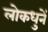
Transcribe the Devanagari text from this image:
लोकधुनें